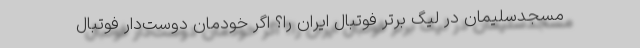
مسجدسلیمان در لیگ برتر فوتبال ایران را؟ اگر خودمان دوست‌دار فوتبال